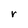
Character: r